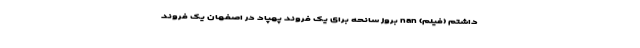
داشتم (فیلم) nan بروز سانحه برای یک فروند پهپاد در اصفهان یک فروند